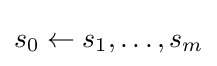
s_{0}\leftarrow s_{1},\dotsc ,s_{m}